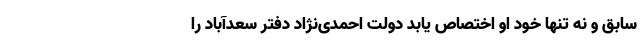
سابق و نه تنها خود او اختصاص یابد دولت احمدی‌نژاد دفتر سعد‌آباد را